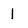
Character: 1